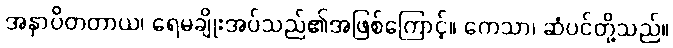
အနှာပိတတာယ၊ ရေမချိုးအပ်သည်၏အဖြစ်ကြောင့်။ ကေသာ၊ ဆံပင်တို့သည်။